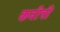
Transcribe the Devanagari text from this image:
कवीत्री